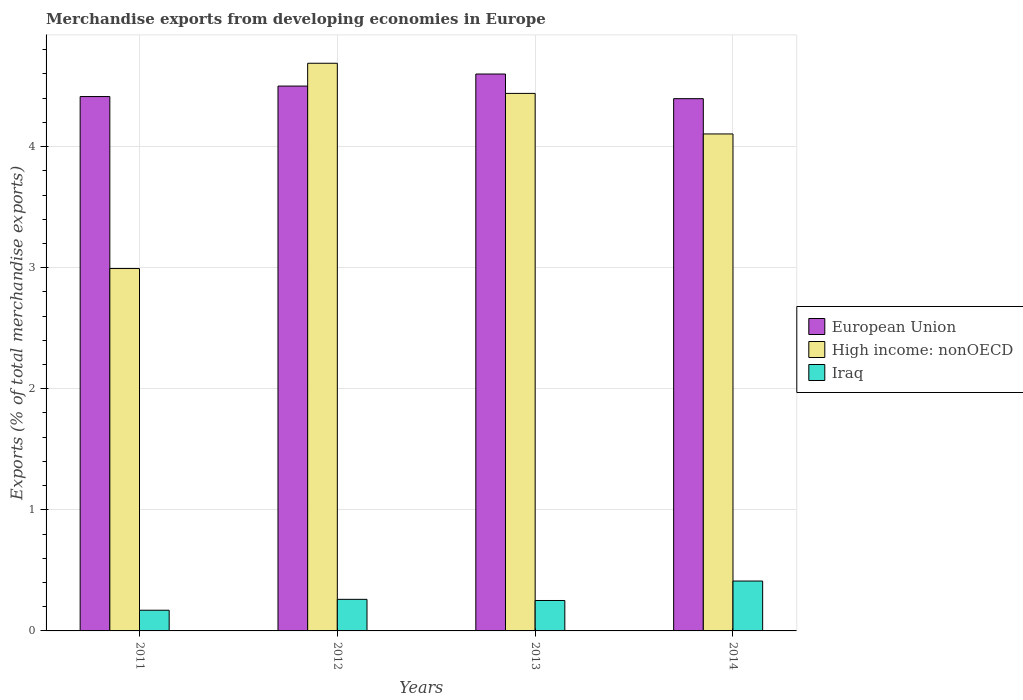
| Years | European Union | High income: nonOECD | Iraq |
 | --- | --- | --- | --- |
 | 2011 | 4.41 | 2.99 | 0.171 |
 | 2012 | 4.5 | 4.69 | 0.261 |
 | 2013 | 4.6 | 4.44 | 0.251 |
 | 2014 | 4.4 | 4.1 | 0.412 |